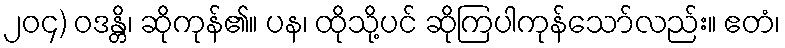
၂၀၄) ဝဒန္တိ၊ ဆိုကုန်၏။ ပန၊ ထိုသို့ပင် ဆိုကြပါကုန်သော်လည်း။ ဧတံ၊